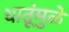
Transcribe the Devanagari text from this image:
धातूंमुळे